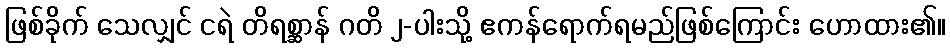
ဖြစ်ခိုက် သေလျှင် ငရဲ တိရစ္ဆာန် ဂတိ ၂-ပါးသို့ ဧကန်ရောက်ရမည်ဖြစ်ကြောင်း ဟောထား၏။